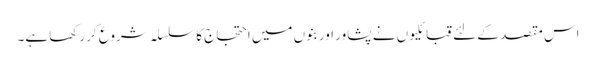
اس مقصد کے لئے قبائلیوں نے پشاور اور بنوں میں احتجاج کا سلسلہ شروع کر رکھا ہے۔